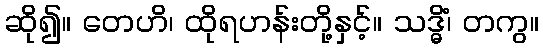
ဆို၍။ တေဟိ၊ ထိုရဟန်းတို့နှင့်။ သဒ္ဓိံ၊ တကွ။